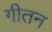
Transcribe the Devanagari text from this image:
गीतन